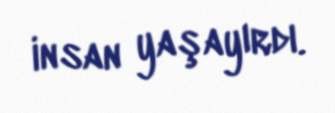
insan yaşayırdı.